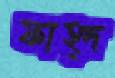
ফাহ্দ